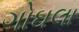
ગોઘલા